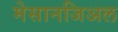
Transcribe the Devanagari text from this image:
मेसानजिअल